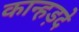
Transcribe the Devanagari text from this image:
कान्हड़दे